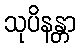
သုပိနန္တာ